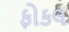
ફોકલ